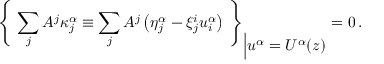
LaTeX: { \left\{ \ \sum _ { j } A ^ { j } \kappa _ { j } ^ { \alpha } \equiv \sum _ { j } A ^ { j } \left( \eta _ { j } ^ { \alpha } - \xi _ { j } ^ { i } u _ { i } ^ { \alpha } \right) \ \right\} } _ { \Big \vert \displaystyle { u ^ { \alpha } = U ^ { \alpha } ( z ) } } = 0 \, .